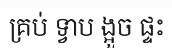
គ្រប់ ទ្វាប ង្អួច ផ្ទះ